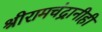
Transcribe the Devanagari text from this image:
श्रीरामचंद्रानीही